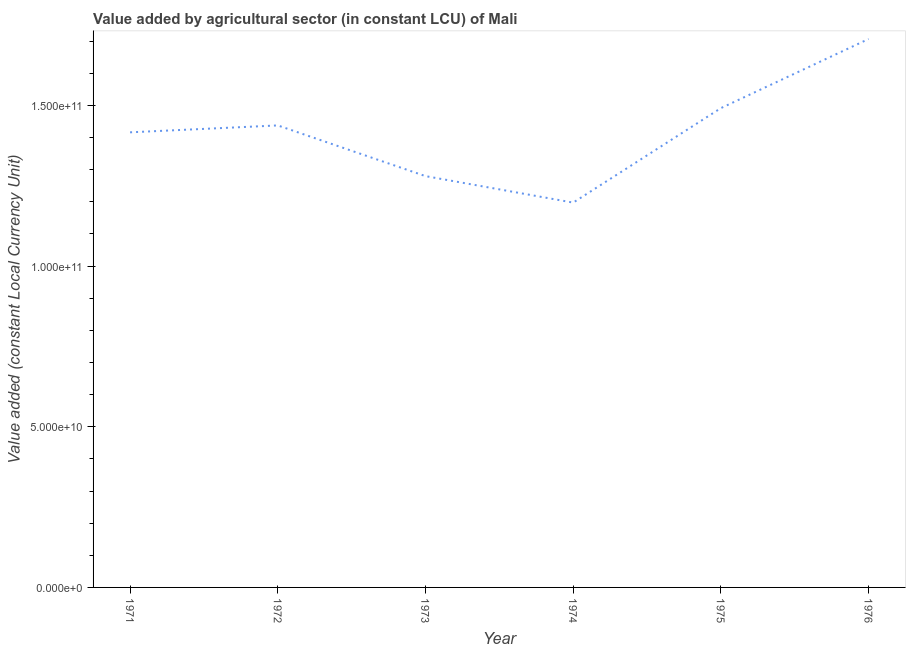
| Year | Agriculture |
 | --- | --- |
 | 1971 | 1.42e+11 |
 | 1972 | 1.44e+11 |
 | 1973 | 1.28e+11 |
 | 1974 | 1.2e+11 |
 | 1975 | 1.49e+11 |
 | 1976 | 1.71e+11 |